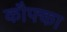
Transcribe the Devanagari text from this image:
कौफ्का